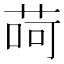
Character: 𦱕